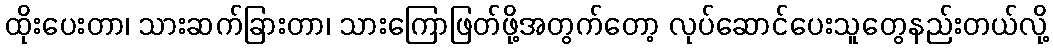
ထိုးပေးတာ၊ သားဆက်ခြားတာ၊ သားကြောဖြတ်ဖို့အတွက်တော့ လုပ်ဆောင်ပေးသူတွေနည်းတယ်လို့